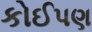
કોઈપણ